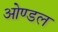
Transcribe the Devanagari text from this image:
ओण्डल